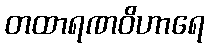
တထာရဏဝိဟာရေ